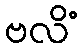
ဗလိံ